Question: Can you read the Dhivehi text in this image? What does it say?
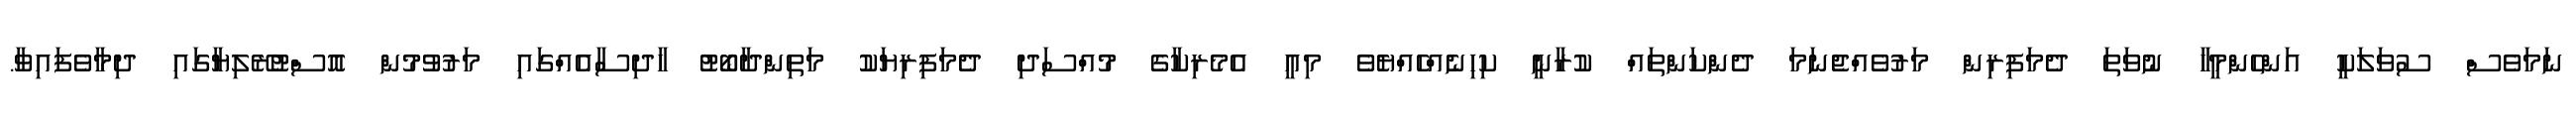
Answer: ނަމަވެސް ސުވަލަކީ އަންހެންމީހާ ނުވަތަ ދެމަފިރިން މަރުވެއްޖެނަމަ ދެންކަންތައް ކުރާނީ ކިހިނެއްހެއްޔެވެ މިއީ އެމެރިކާގެ މުއްސަދި ދެމަފިރިޔަކު މަތިންދާބޯޓު ހާދިސާއެއްގައި މަރުވުމުން އޮސްޓުރޭލިޔާގައި ދިމާވެފައިވާ.